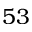
5 3